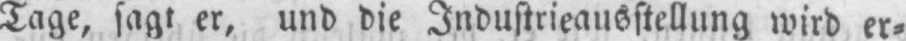
Tage, sagt er, und die Industrieausstellung wird er⸗